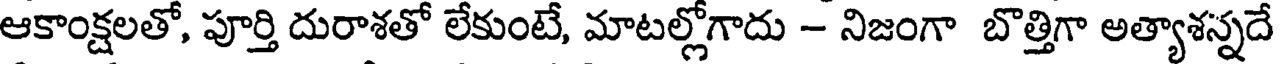
ఆకాంక్షలతో, పూర్తి దురాశతో లేకుంటే, మాటల్లోగాదు - నిజంగా బొత్తిగా అత్యాశన్నదే